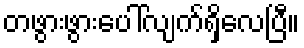
တဖွားဖွားပေါ်လျက်ရှိလေပြီ။